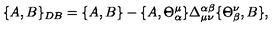
\{ A , B \} _ { D B } = \{ A , B \} - \{ A , \Theta _ { \alpha } ^ { \mu } \} \Delta _ { \mu \nu } ^ { \alpha \beta } \{ \Theta _ { \beta } ^ { \nu } , B \} ,